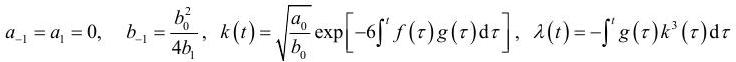
$a_{-1}=a_1 = 0,\quad b_{-1}=\frac{b_0^2}{4b_1},\quad k(t)=\sqrt{\frac{a_0}{b_0}}\exp\left[-6\int^t f(\tau)g(\tau)\mathrm{d}\tau\right],\quad \lambda(t)=-\int^t g(\tau)k^3(\tau)\mathrm{d}\tau$